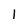
Character: l